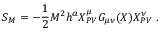
S _ { M } = - \frac { 1 } { 2 } M ^ { 2 } h ^ { a } X _ { P V } ^ { \mu } G _ { \mu \nu } ( X ) X _ { P V } ^ { \nu } \ .